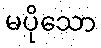
မပိုသော